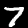
Digit: 7